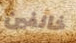
خائفين